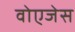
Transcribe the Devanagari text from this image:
वोएजेस